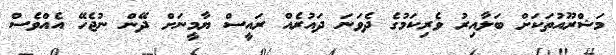
މަޝްރޫއުތަކަށް ބަލާއިރު ވެރިކަމުގެ ދެވަނަ ދައުރެއް ރައީސް ޔާމީނަށް ދޭން ނުޖެހޭ އެއްވެސް